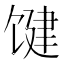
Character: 𱄃